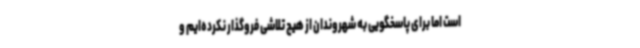
است اما برای پاسخگویی به شهروندان از هیچ تلاشی فروگذار نکرده‌ایم و